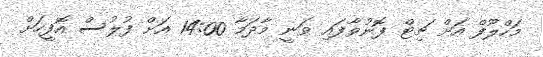
މަހްލޫފް އަށް ޗިޓް ފޮނުވާފައި ވަނީ މާދަމާ 14:00 އަށް ފުލުސް އޮފީހަށް